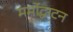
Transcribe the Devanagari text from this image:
मर्मोद्घाटन